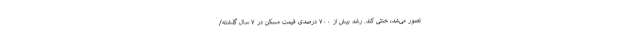
تصور می‌شد، خنثی کند. رشد بیش از ۷۰۰ درصدی قیمت مسکن در ۷ سال گذشته/